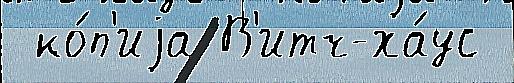
 ко́п'иjа В'итч-ха́ус